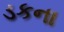
ડકના